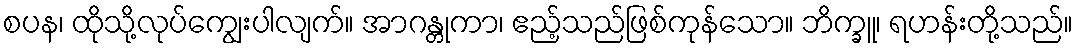
စပန၊ ထိုသို့လုပ်ကျွေးပါလျက်။ အာဂန္တုကာ၊ ဧည့်သည်ဖြစ်ကုန်သော။ ဘိက္ခူ၊ ရဟန်းတို့သည်။